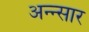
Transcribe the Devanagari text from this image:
अन्न्सार